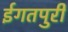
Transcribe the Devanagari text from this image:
ईगतपुरी